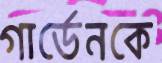
গার্ডেনকে